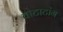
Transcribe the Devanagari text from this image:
वोटाटांग